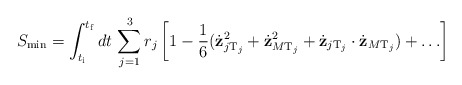
\begin{align*}S_{\min}= \int_{t_{\rm i}}^{t_{\rm f}} dt \, \sum_{j=1}^{3} r_j \left[ 1-\frac{1}{6} (\dot{{\bf z}}_{j{\rm T}_j}^2+ \dot{{\bf z}}_{M {\rm T}_j}^2 + \dot{{\bf z}}_{j{\rm T}_j} \cdot \dot{{\bf z}}_{M {\rm T}_j})+ \ldots \right]\end{align*}